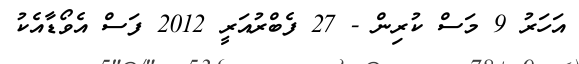
އަހަރު 9 މަސް ކުރިން - 27 ފެބްރުއަރީ 2012 ފަސް އެވޯޑާއެކު